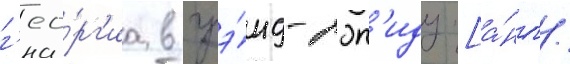
г'ео́рг'иа в грэ́нд-рэп'идз [а́нгл.